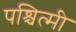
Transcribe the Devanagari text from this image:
पश्चित्मी